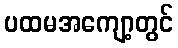
ပထမအကျော့တွင်